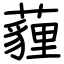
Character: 薶